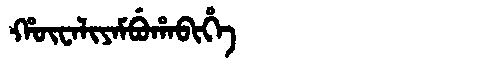
Manchu: ᡥᡡᠸᠠᠯᡳᠶᠠᠮᠪᡠᡥᠠᠪᡳᡥᡝ
Romanization: HŪWALIYAMBUHABIHE